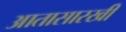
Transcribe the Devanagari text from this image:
आतासारखी